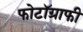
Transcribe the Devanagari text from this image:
फोटॉग्राफी